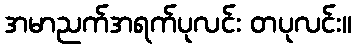
အမာညက်အရက်ပုလင်း တပုလင်း။